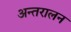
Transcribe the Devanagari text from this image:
अन्तरालन